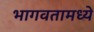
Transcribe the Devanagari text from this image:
भागवतामध्ये